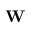
\mathbf { W }